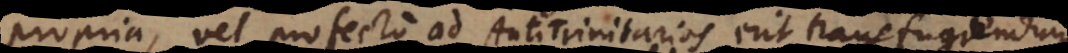
propria, vel profecto ad Antitrinitarios erit transfugiendum.